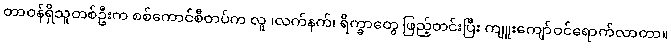
တာဝန်ရှိသူတစ်ဦးက စစ်ကောင်စီတပ်က လူ ၊လက်နက်၊ ရိက္ခာတွေ ဖြည့်တင်းပြီး ကျူးကျော်ဝင်ရောက်လာတာ။